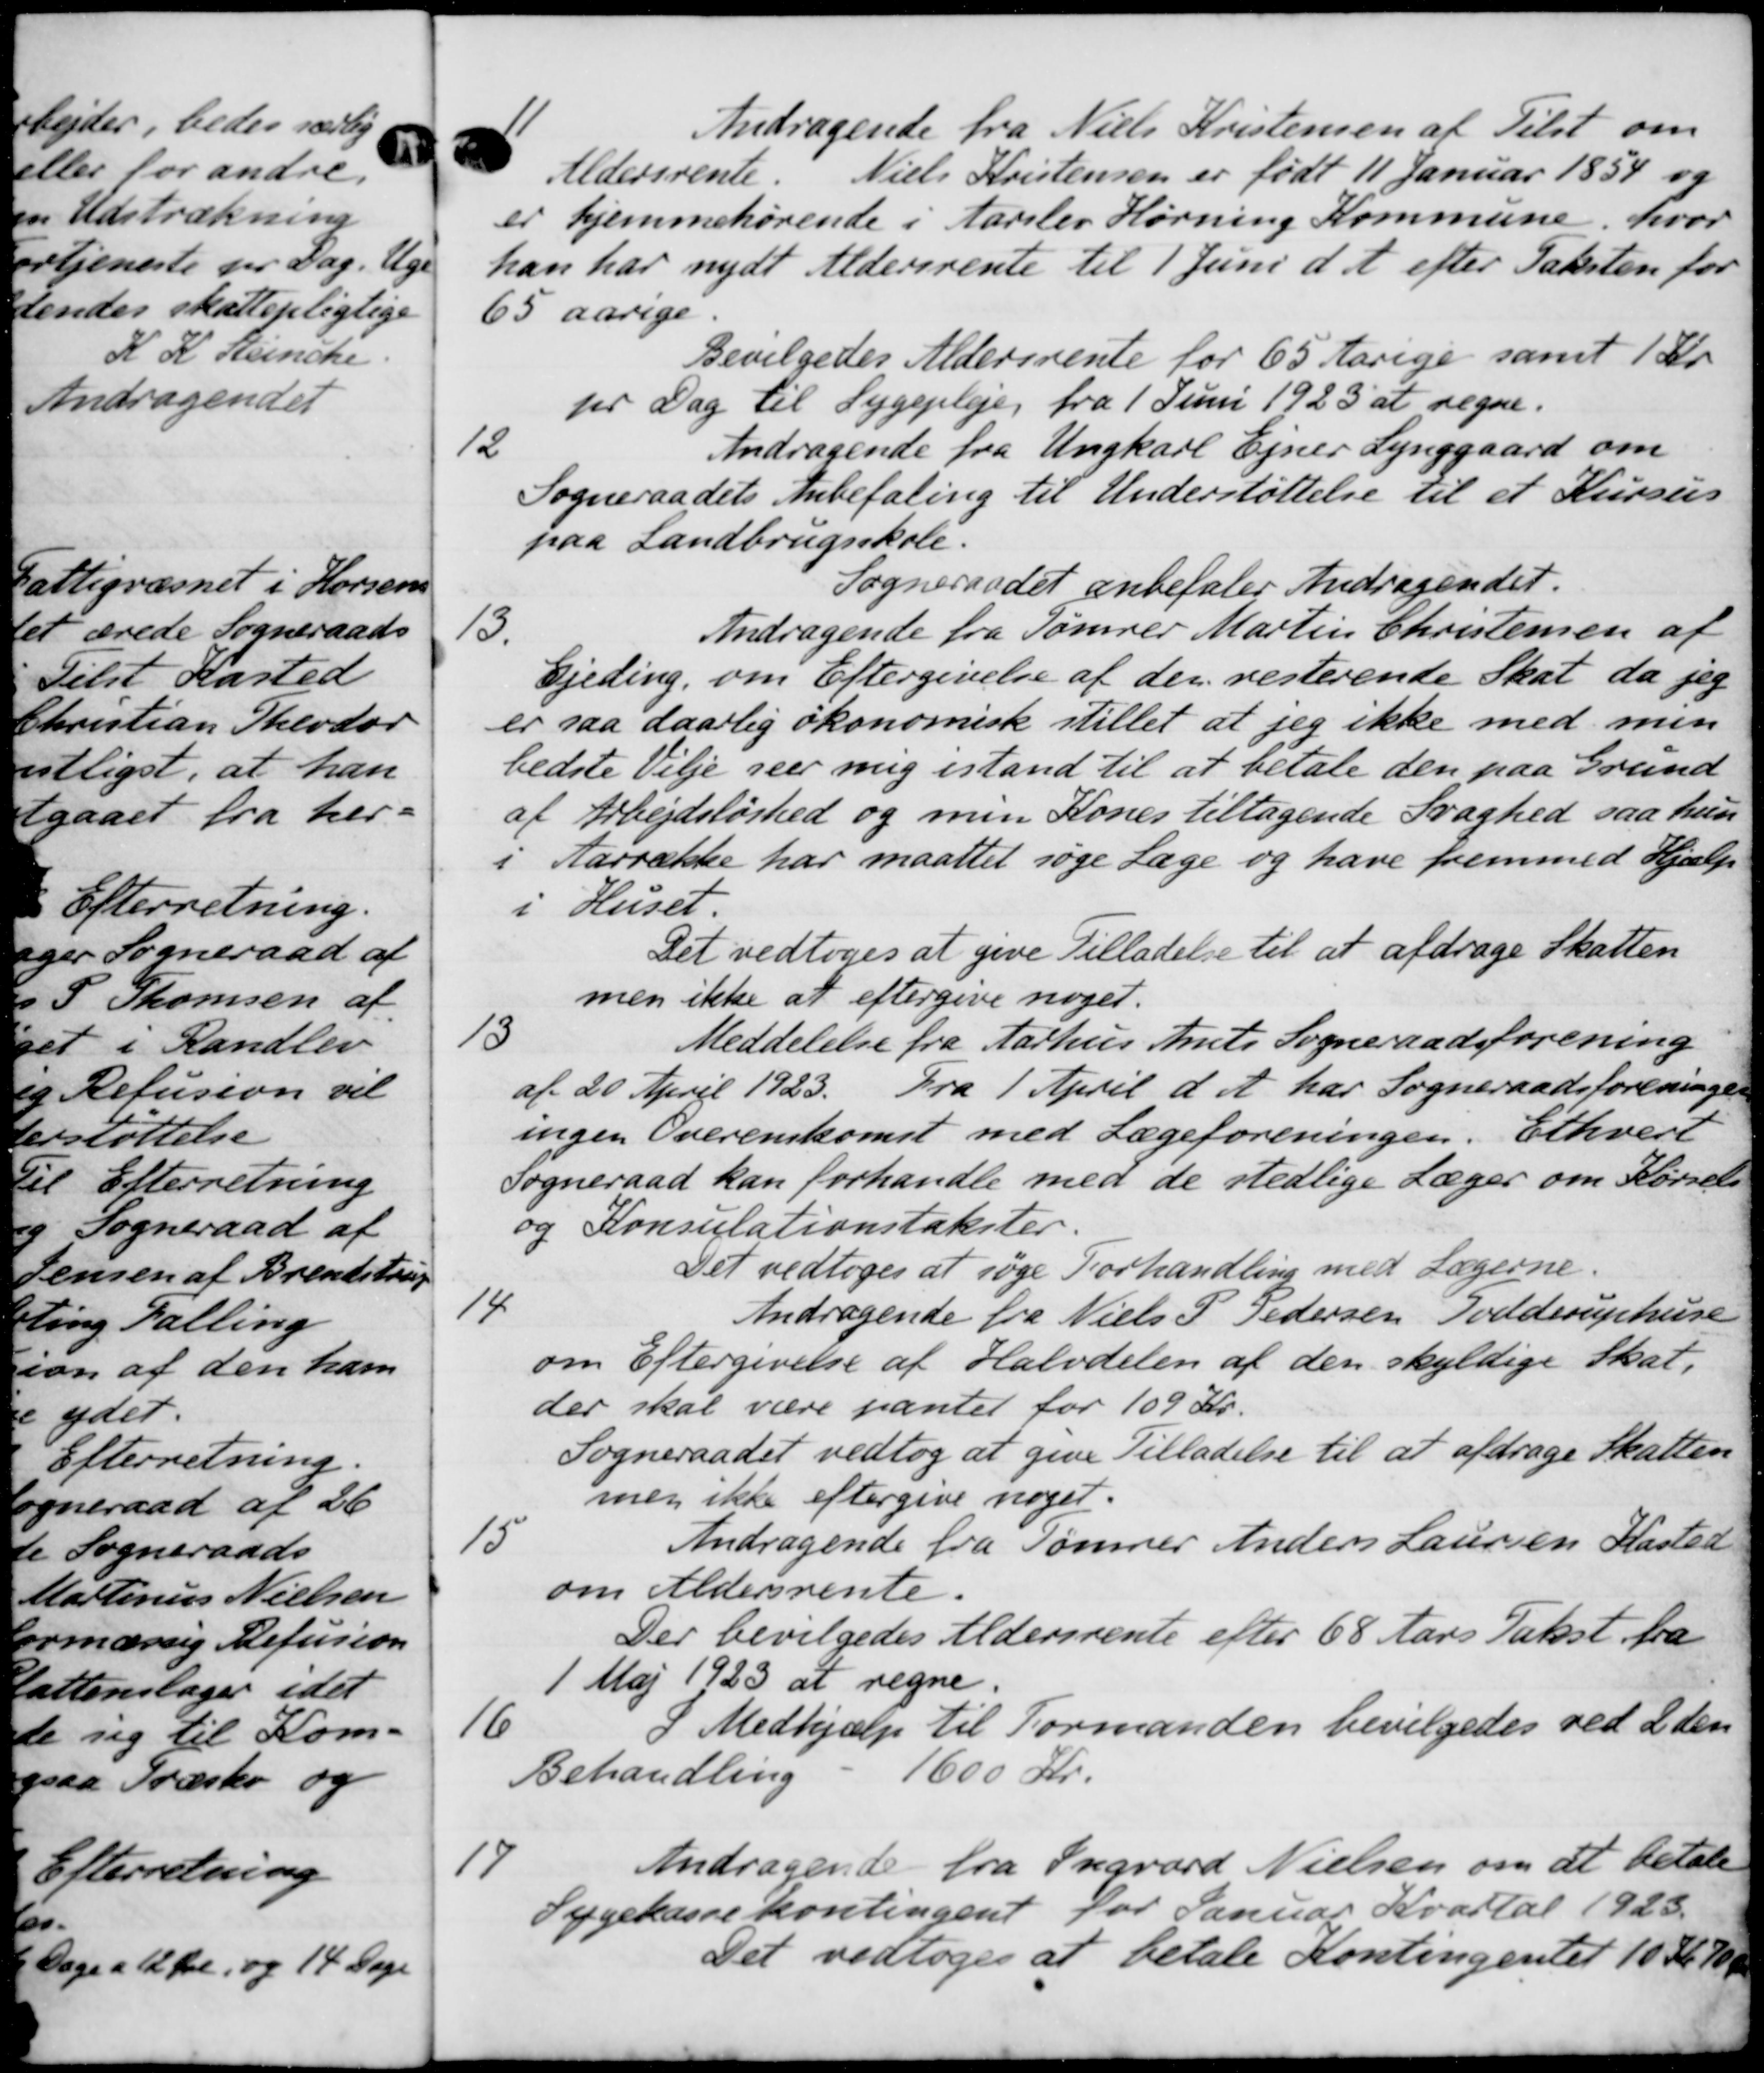
Transskription:
11
Andragende fra Niels Kristensen af Tilst om
Aldersrente. Niels Kristensen er født 11 Januar 1854 og
er hjemmehørende i Aarslev Hørning Kommune, hvor
han har nydt Aldersrente til 1 Juni d. A. efter Taksten for
65 aarige.
Bevilgedes Aldersrente for 65 Aarige samt 1 Kr
pr Dag til Sygepleje fra 1 Juni 1923 at regne.
12
Andragende fra Ungkarl Ejner Lynggaard om
Sogneraadets Anbefaling til Understøttelse til et Kursus
paa Landbrugsskole
Sogneraadet anbefaler Andragendet.
13.
Andragende fra Tømrer Martin Christensen af
Ejeding, om Eftergivelse af der resterende Skat, da jeg
er saa daarlig økonomisk stillet at jeg ikke med men
bedste Vilje seer mig istand til at betale den paa Grund
af Arbejdsløshed og min Kones tiltagende Svaghed saa hun
i Aarrække har maattet søge Læge og have fremmed Hjælp
i Huset
Det vedtoges at give Tilladelse til at afdrage Skatten
men ikke at eftergive noget.
13
Meddelelse fra Aarhus Amts Sogneraadsforening
af 20 April 1923. Fra 1 April d. A. har Sogneraadsforeningen
ingen Overenskomst med Lægeforeningen. Erhverv
Sogneraad kan forhandle med de stedlige Læger om Kørsels
og Konsulationstakster.
Det vedtoges at søge Forhandling med Lægerne.
14
Andragende fra Niels P Pedersen Todderuphuse
om Eftergivelse af Halvdelen af den skyldige Skat.
der skal være pantet for 109 Kr.
Sogneraadet vedtog at give Tilladelse til at afdrage Skatten
men ikke eftergive noget.
15
Andragende fra Tømrer Anders Laursen Kasted
om Aldersrente.
Der bevilgedes Aldersrente efter 68 Aars Takst fra
1 Maj 1923 at regne.
16
I Medhjælp til Formanden bevilgedes ved 2den
Behandling 1600 Kr.
17
Andragende fra Ingvard Nielsen om at betale
Sygekassekontingent for Januar Kvartal 1923.
Det vedtoges at betale Kontingentet 10 Kr. 10 Ør